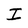
Character: I